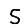
Digit: 5